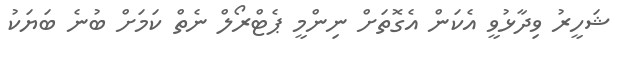
ޝަހީރު ވިދާޅުވީ އެކަން އެގޮތަށް ނިންމީ ޕެޓްރޯލް ނެތް ކަމަށް ބުނެ ބަޔަކު